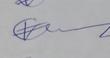
Signature authenticity: genuine